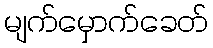
မျက်မှောက်ခေတ်